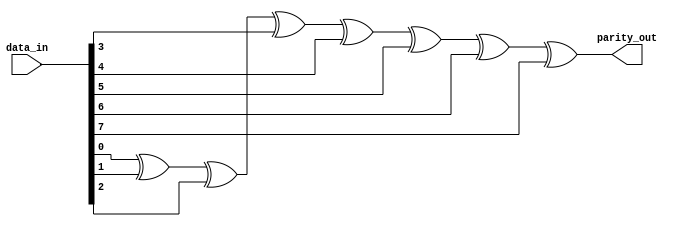
//-----------------------------------------------------
// Design Name : parity_using_function2
// Function    : Parity using function
// Coder       : Deepak Kumar Tala
//-----------------------------------------------------
module test (data_in, parity_out);
output reg parity_out ;
input [7:0] data_in ;     

function parity;
    input [7:0] data; 
    integer i; 
    begin 
        parity = 0; 
        for (i = 0; i < 8; i = i + 1) begin  
            parity = parity ^ data[i]; 
        end 
    end 
endfunction 

always @ (data_in)
    parity_out = parity(data_in);

endmodule